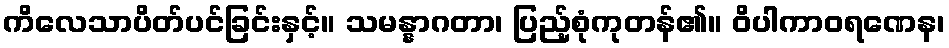
ကိလေသာပိတ်ပင်ခြင်းနှင့်။ သမန္နာဂတာ၊ ပြည့်စုံကုတန်၏။ ဝိပါကာဝရဏေန၊